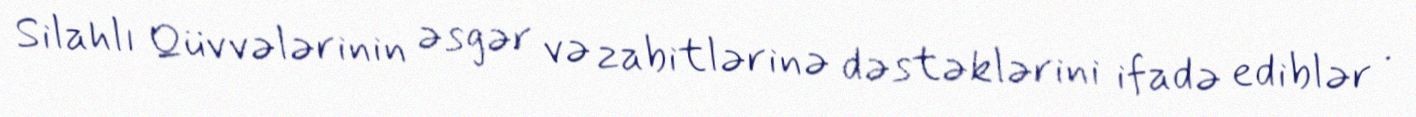
Silahlı Qüvvələrinin əsgər və zabitlərinə dəstəklərini ifadə ediblər .